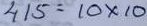
415 = 10 x 10